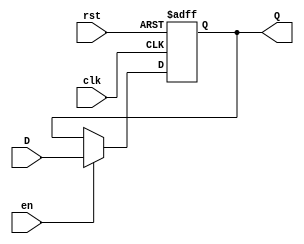
module FFD1B (input wire clk, rst, en,
            input wire D, 
            output reg Q);
            always @ (posedge clk or posedge rst) begin
            if (rst) begin
            Q <= 1'b0;
            end
            else if(en) begin
            Q <= D;
            end
            end
endmodule

module FFD2B(
      input wire clk, rst, en,
      input wire [1:0]D, 
      output wire [1:0]Q
      );

      FFD1B r0(clk, rst, en, D[0], Q[0]);
      FFD1B r1(clk, rst, en, D[1], Q[1]);

endmodule

module Acumulador(
      input wire clk, rst, en,
      input wire [3:0]D, 
      output wire [3:0]Q
      );

      FFD2B r2(clk, rst, en, D[1:0], Q[1:0]);
      FFD2B r3(clk, rst, en, D[3:2], Q[3:2]);
endmodule

module Alu(input wire [3:0] W, 
            input wire [3:0]B, 
            input wire [2:0] Sel, 
            output reg C, Z, 
            output reg [3:0] O
      );
      reg [4:0] AI;

      always @ (W, B, Sel)
      begin
      case (Sel)
            3'b000:
            begin 
            AI = 5'b00000;
            AI = W;
            C = 0;
            Z = 0;
            O = AI[3:0];
      end
      3'b010:
            begin 
            AI = 5'b00000;
            AI = B;
            C = 0;
            Z = 0;
            O = AI[3:0];
      end
      3'b100:
            begin 
            AI = 5'b00000;
            AI = ~(W&B);
            C = 0;
            Z = 0;
            O = AI[3:0];
      end
      3'b001:
            begin 
            AI = 5'b00000;
            AI = W-B;
            C = AI[4];
            Z = (AI==5'b00000);
            O = AI[3:0];
      end
      3'b011:
            begin 
            AI = 5'b00000;
            AI = W+B;
            C = AI[4];
            Z = (AI==5'b00000);
            O = AI[3:0];
      end
      endcase // Sel
end
endmodule

module bufftri4b(
      input wire en,
      input wire [3:0]S,
      output wire [3:0]Q
      );

      assign Q = en ? S:4'bz;

endmodule

module unionalu (
      input wire clk, rst, en, enb1, enb2,  
      input wire [3:0] in,
      input wire [2:0] Sel, 
      output wire C, Z, 
      output wire [3:0] O
      );
      wire [3:0] BB; 
      wire [3:0]ALUB; 
      wire [3:0]ACB; 
      wire [3:0]OALU;
     bufftri4b p0(enb1, in, BB);
     Acumulador P1(clk, rst, en, OALU, ACB);
     Alu          p2(ACB, BB, Sel, C, Z, OALU);
     bufftri4b    p3(enb2, OALU, O);

endmodule